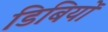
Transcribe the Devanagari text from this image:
डिबियों